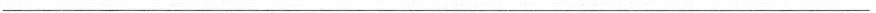
___